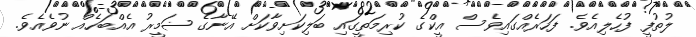
ލުތުފީ ފުހެލިއެވެ. ފަހަރެއްގައިވެސް އީކްގެ ކުރިމަތީގައި ބަލިކަށިވާކަށް އޭނާގެ ޟަމީރު އެއްބަހެއް ނުވެއެވެ.